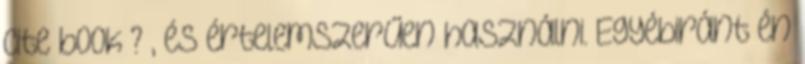
cite book ? , és értelemszerűen használni. Egyébiránt én